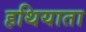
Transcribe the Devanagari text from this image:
हथियाता